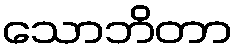
သောဘိတာ